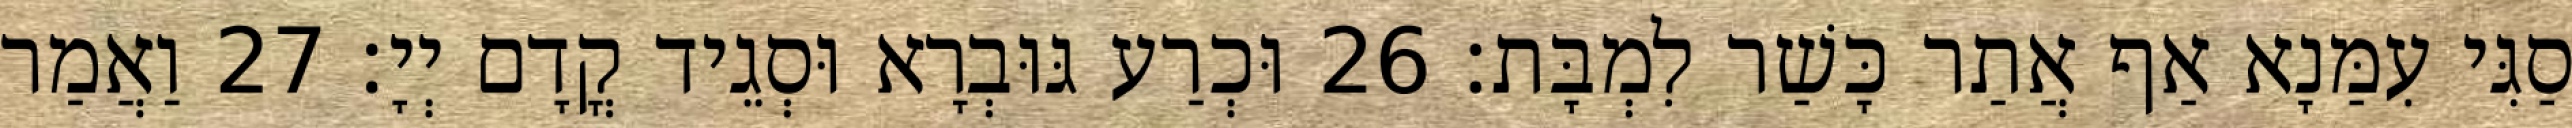
סַגִּי עִמַּנָא אַף אֲתַר כָּשַׁר לִמְבָּת׃ 26 וּכְרַע גּוּבְרָא וּסְגֵיד קֳדָם יְיָ׃ 27 וַאֲמַר